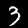
Digit: 3